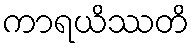
ကာရယိဿတိ